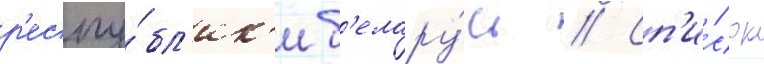
р'еспу́бл'ик'и б'елару́сь // Сп'и́сок